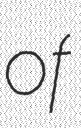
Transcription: of